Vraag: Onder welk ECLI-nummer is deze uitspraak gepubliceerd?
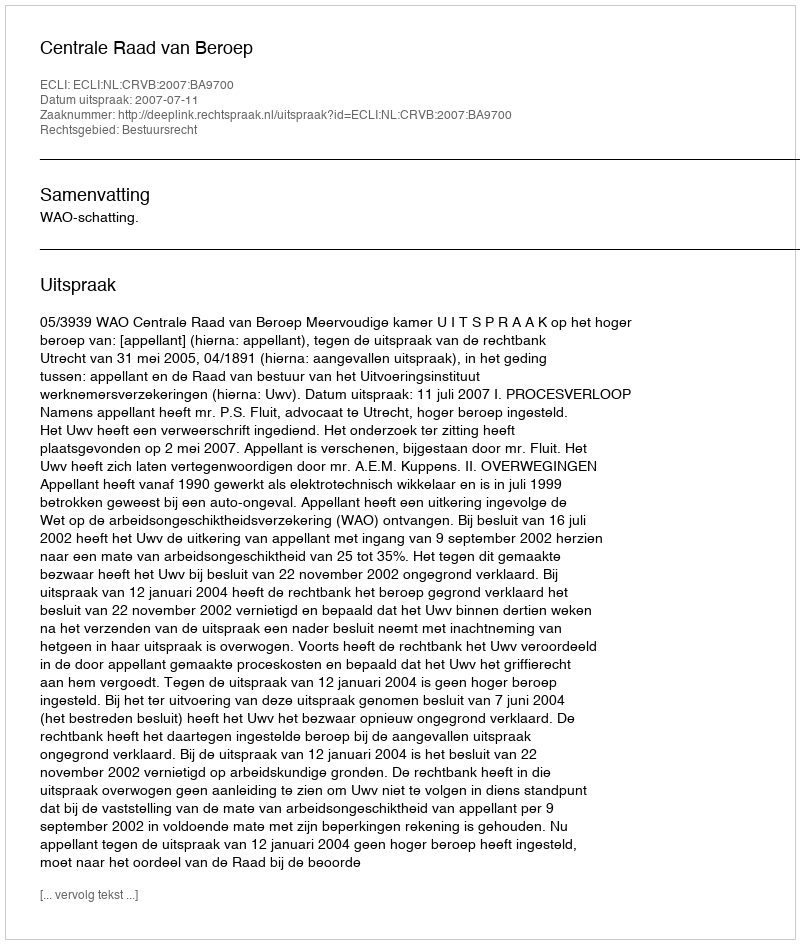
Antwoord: ECLI:NL:CRVB:2007:BA9700